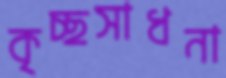
কৃচ্ছসাধনা